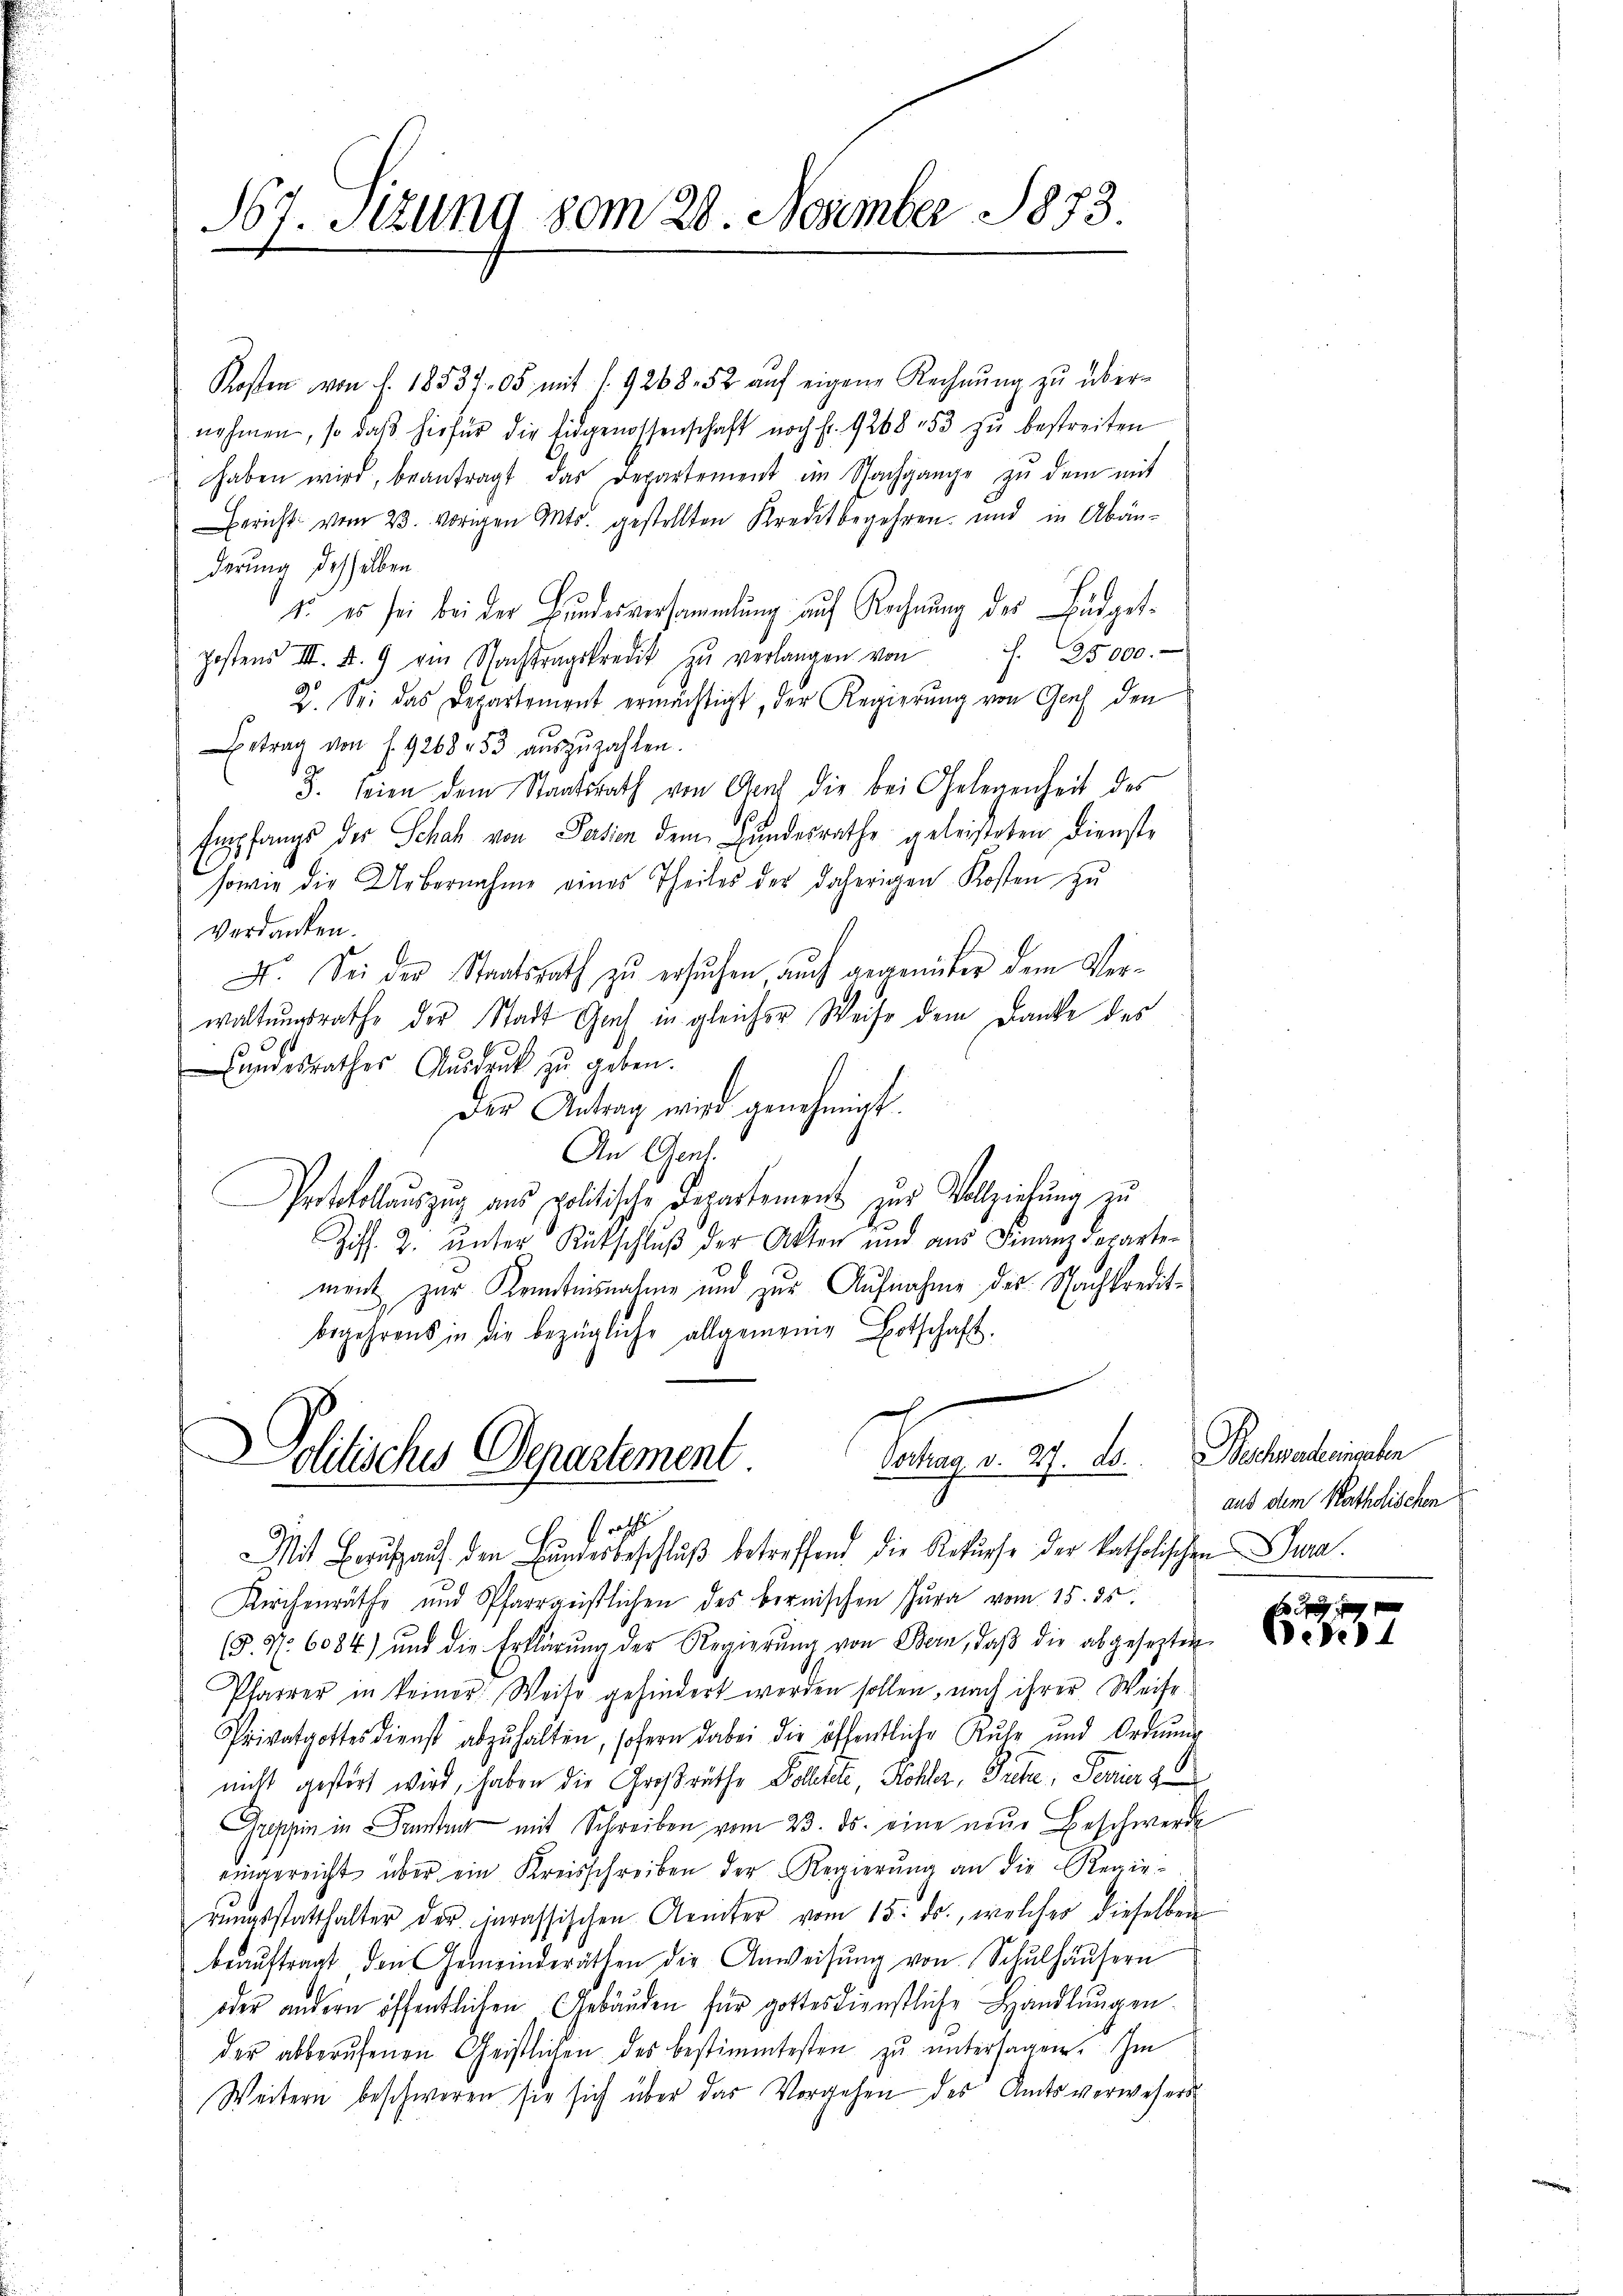
867. Stzung vom 28. November 1873

Kosten von f. 18537. 05 mit s. 9268. 52 aŭf eigene Rechnŭng zŭ über-
nehmen, so daβ hiefür die Eidgenossenschaft noch fr. 9268 53 zŭ bestreiten
haben wird, beantragt das Departement im Nachgange zŭ dem mit
Bericht vom 23. vorigen Ants. gestellten Kreditbegehren und in Abänderung desselben
1. es sei bei der Bundesversammlung auf Rechnung des Büdgetpostens III. A. 9 am Nachtragskredit zŭ verlangen von J. 25000.
2. Sei das Departement ermächtigt, der Regierung von Genf den
Betrag von f. 9268. 53 aŭszŭzahlen.
J. seien dem Staatsrath von Graf die bei Gelegenheit des
h
Empfangs des Schah von Persien dem Bundesrathe geleisteten Dienste
sowie die Uebernahme eines Theiles des daherigen Kosten zu
Verdanken.
X. Sei der Staatsrath zu ersuchen auch gegenüber dem Verwaltungsrathe der Stadt Gant in gleicher Weise dem Danke des
Landesrathes Ausdruck zu geben.
Der Antrag wird genehmigt.
An Genf.
Artokollauszug aus politische Departement zur Vollziehung zu
S
Ziff. 2. unter Rutschluß der Akten und aus Finanzdepartement zur Kenntnisnahme und zur Aufnahme des Nachkredit-
begehrens in die bezügliche allgemeine Botschaft.

Vortrag v. 27. ds.
olitisches Departement.
Prath

Mit Beruf auf den Bundesbeschluß betreffend die Rekurse der katholischen Jura
Kirchenräthe und Pfarrgeistlichen des bernischen Jura vom 15. ds
(§. N. 6084) und die Erklärŭng der Regierŭng von Bern, daβ die abgesezten
Pfarrer in keiner Weise gehindert worden sollen, nach ihrer Weise
Privatgottesdienst abzŭhalten, sofern dabei die öffentliche Ruhe und Ordnung
nicht gestört wird, haben die Großräthe Poletete, Höhler, Puche, Perrier z
Gushin in rasten mit Schreiben vom 23. ds. eine neŭe Beschwerde
eingereicht über ein Kreisschreiben der Regierŭng an die Regie-
rŭngsstatthalter der inrassischen Aemter vom 15. ds., welcher dieselben
beaŭftragt den Gemeinderäthen die Anweisŭng von Schŭlhäŭsern
oder andern öffentlichen Gebäuden für gottesdienstliche Handlungen.
der abberŭfenen Geistlichen des bestimmtesten zŭ ŭntersagen. Im
Weitern beschweren sie sich über das Vorgehen des Amtsverwehers

Nachwederingehen
aus dem Katholischen
x

Ochs